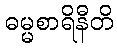
ဓမ္မစာရိနီတိ